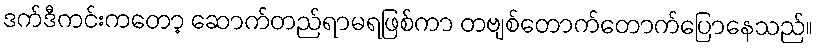
ဒက်ဒီကင်းကတော့ ဆောက်တည်ရာမရဖြစ်ကာ တဗျစ်တောက်တောက်ပြောနေသည်။